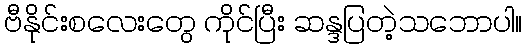
ဗီနိုင်းစလေးတွေ ကိုင်ပြီး ဆန္ဒပြတဲ့သဘောပါ။